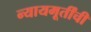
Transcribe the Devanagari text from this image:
न्यायमूर्तींची